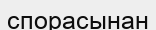
спорасынан